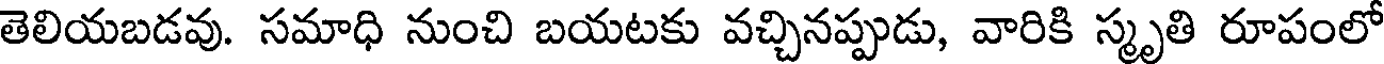
తెలియబడవు. సమాధి నుంచి బయటకు వచ్చినప్పుడు, వారికి స్మృతి రూపంలో